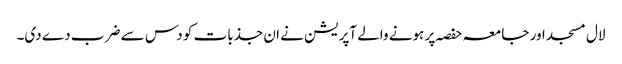
لال مسجد اور جامعہ حفصہ پر ہونے والے آپریشن نے ان جذبات کو دس سے ضرب دے دی۔